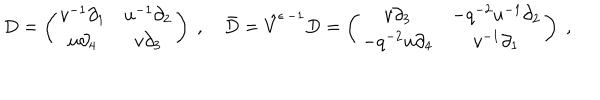
LaTeX: D = \left( \begin{array} { c c } { { v ^ { - 1 } \partial _ { 1 } } } & { { u ^ { - 1 } \partial _ { 2 } } } \\ { { u \partial _ { 4 } } } & { { v \partial _ { 3 } } } \\ \end{array} \right) \; , \quad \bar { D } = \hat { V } ^ { \epsilon \, - 1 } D = \left( \begin{array} { c c } { { v \partial _ { 3 } } } & { { - q ^ { - 2 } u ^ { - 1 } \partial _ { 2 } } } \\ { { - q ^ { - 2 } u \partial _ { 4 } } } & { { v ^ { - 1 } \partial _ { 1 } } } \\ \end{array} \right) \; ,